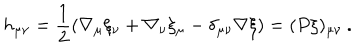
LaTeX: h _ { \mu \nu } = \frac { 1 } { 2 } \left( \nabla _ { \mu } \xi _ { \nu } + \nabla _ { \nu } \xi _ { \mu } - \delta _ { \mu \nu } \nabla \xi \right) = ( P \xi ) _ { \mu \nu } \: .